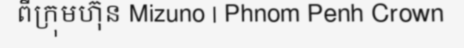
ពីក្រុមហ៊ុន Mizuno | Phnom Penh Crown